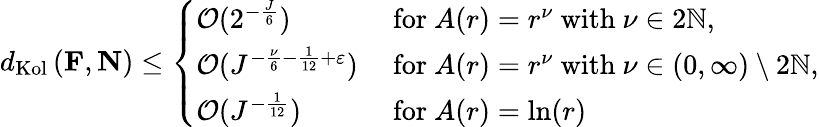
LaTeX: \begin{array}{r}{d_{\textup{Kol}}\left(\mathbf{F},\mathbf{N}\right)\leq\left\{ \begin{array}{ll}{\mathcal{O}(2^{-\frac{J}{6}})}&{\ \textup{for}\ A(r)=r^{\nu}\ \textup{with}\ \nu\in 2\mathbb{N},}\\ {\mathcal{O}(J^{-\frac{\nu}{6}-\frac{1}{12}+\varepsilon})}&{\ \textup{for}\ A(r)=r^{\nu}\ \textup{with}\ \nu\in(0,\infty)\setminus 2\mathbb{N},}\\ {\mathcal{O}(J^{-\frac{1}{12}})}&{\ \textup{for}\ A(r)=\ln(r)}\end{array}\right.}\end{array}